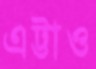
এট্টাও